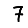
Digit: 7